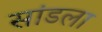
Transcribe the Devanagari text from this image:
सांडला